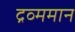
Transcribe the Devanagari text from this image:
द्रव्ममान